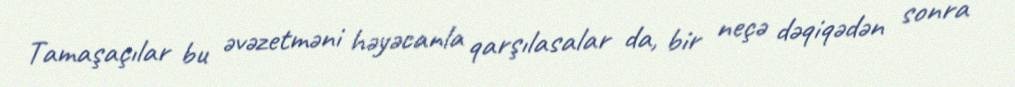
Tamaşaçılar bu əvəzetməni həyəcanla qarşılasalar da, bir neçə dəqiqədən sonra